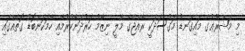
މި މަޝްރޫޢުގެ މައިގަނޑު މަގުސަދަކީ ރާއްޖޭގެ މާލީ ނިޒާމު ހަރުދަނާކުރުމާއި ހާމަކަންބޮޑު ގޮތެއްގައި